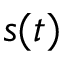
s ( t )